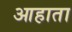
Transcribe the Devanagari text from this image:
आहाता